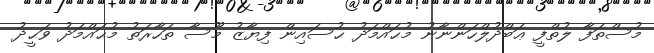
މުސްތަފާ ލުތްފީ ޢަބްދުލްހަންނާނު މުޙައްމަދު ޙުސައިން ފިޔާޒު މޫސާ ތަހާރަތު މުޙައްމަދު ވަޙީދު